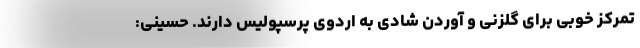
تمرکز خوبی برای گلزنی و آوردن شادی به اردوی پرسپولیس دارند. حسینی: